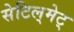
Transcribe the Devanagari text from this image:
सेटिल्‌मेट्